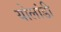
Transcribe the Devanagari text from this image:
योलांडी